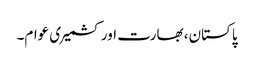
پاکستان، بھارت اور کشمیری عوام۔